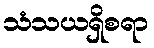
သံသယရှိစရာ